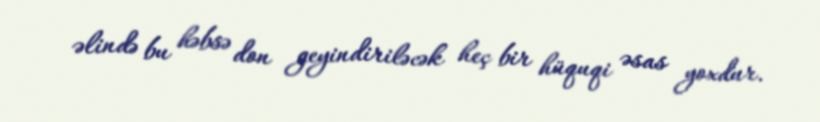
əlində bu həbsə don geyindiriləcək heç bir hüquqi əsas yoxdur.